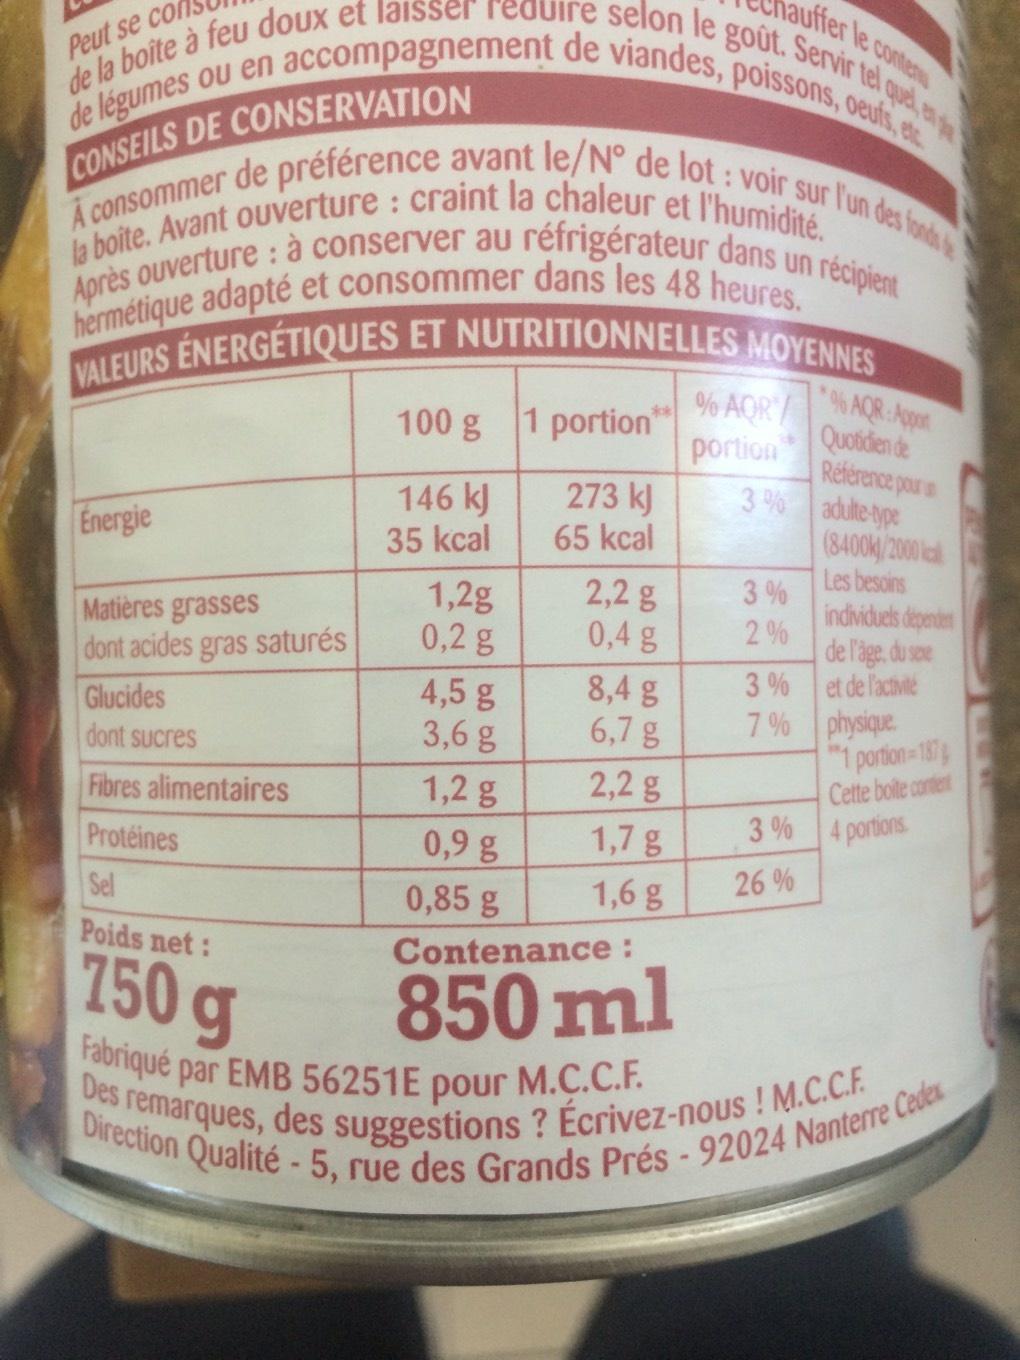
auffer le contenu
selon le goût. Servir tel quel en
de légumes ou en accompagnement de viandes, poissons, oeufs, etc.
CONSEILS DE CONSERVATION
Peut se co
de la boîte à feu doux et laisser reduir
la boîte. Avant ouverture : craint la chaleur et l'humidité. Après ouverture: à conserver au réfrigérateur dans un récipient hermétique adapté et consommer dans les 48 heures. VALEURS ÉNERGÉTIQUES ET NUTRITIONNELLES MOYENNES
*% AQR: Appor
Quotidien de
Energie
Matières grasses dont acides gras saturés
Glucides
dont sucres
Fibres alimentaires
Protéines
100 g 1 portion*
146 kJ
273 kJ
35 kcal
65 kcal
1,2g
0,2 g
2,2 g
0,4 g
8,4 g
6,7 g
2,2 g
1,7 g
1,6 g
4,5 g
3,6 g
1,2 g
0,9 g
0,85 g
Contenance :
850 ml
Sel
Poids net:
750 g Fabriqué par EMB 56251E pour M.C.C.F.
% AQR/
portion
3%
3%
2%
3%
7%
3%
26%
Référence pour un
adulte-type
(8400k/2000
Les besoins
individuels dependent
de l'age, du sexe
et de l'activité
physique.
1 portion=187 Cette boite content 4 portions.
Des remarques, des suggestions? Écrivez-nous ! M.C.C.F. Direction Qualité - 5, rue des Grands Prés - 92024 Nanterre Cedex